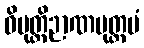
ဝိမုတ္တိဉာဏမုတ္တမံ